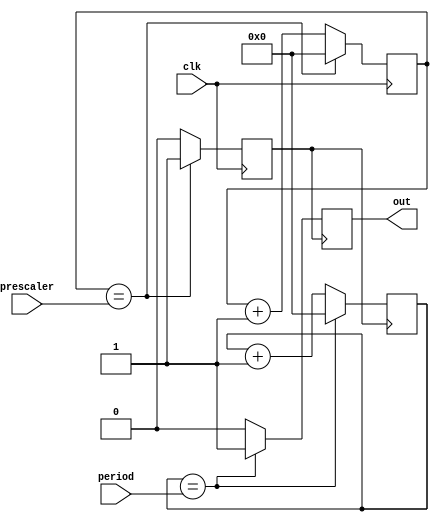
`timescale 1ns / 1ps
//////////////////////////////////////////////////////////////////////////////////
// Company: 
// Engineer: 
// 
// Design Name: 
// Module Name:    timer 
// Project Name: 
// Target Devices: 
// Tool versions: 
// Description: 
//
// Dependencies: 
//
// Revision: 
// Revision 0.01 - File Created
// Additional Comments: 
//
//////////////////////////////////////////////////////////////////////////////////
module timer(input clk, input [31:0] prescaler, input [31:0] period, output reg out);
//f_out = f_osc/[(prescaler + 1)(period + 1)]
//note that prescaler == 0 is forbidden
reg [31:0] current_presc_value = 0;
reg [31:0] current_period_value = 0;
reg internal_clk = 0;

always @(posedge clk)begin
	if(current_presc_value == prescaler)begin
		internal_clk <= 1;
		current_presc_value <= 0;
	end
	else begin
		current_presc_value <= current_presc_value + 1;
		internal_clk <= 0;
	end
end

always @(posedge internal_clk)begin
	if(current_period_value == period)begin
		out <= 1;
		current_period_value <= 0;
	end
	else begin 
		out <= 0;
		current_period_value <= current_period_value + 1;
	end
end

endmodule